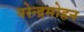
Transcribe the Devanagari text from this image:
नरेन्द्रमोहन